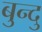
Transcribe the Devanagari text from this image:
बुन्दु